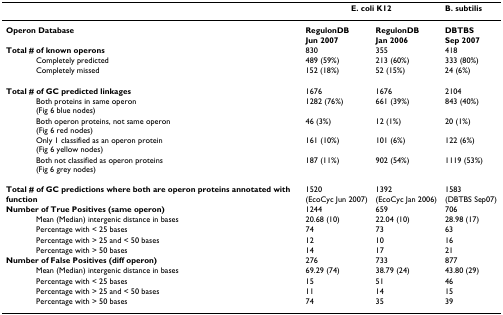
|  | <COLSPAN=2> E. coli K12 | B. subtilis |
 | --- | --- | --- | --- |
 | Operon Database | RegulonDBJun 2007 | RegulonDBJan 2006 | DBTBSSep 2007 |
 | Total # of known operons | 830 | 355 | 418 |
 | Completely predicted | 489 (59%) | 213 (60%) | 333 (80%) |
 | Completely missed | 152 (18%) | 52 (15%) | 24 (6%) |
 | Total # of GC predicted linkages | 1676 | 1676 | 2104 |
 | Both proteins in same operon(Fig 6 blue nodes) | 1282 (76%) | 661 (39%) | 843 (40%) |
 | Both operon proteins, not same operon(Fig 6 red nodes) | 46 (3%) | 12 (1%) | 20 (1%) |
 | Only 1 classified as an operon protein(Fig 6 yellow nodes) | 161 (10%) | 101 (6%) | 122 (6%) |
 | Both not classified as operon proteins(Fig 6 grey nodes) | 187 (11%) | 902 (54%) | 1119 (53%) |
 | Total # of GC predictions where both are operon proteins annotated with function | 1520(EcoCyc Jun 2007) | 1392(EcoCyc Jan 2006) | 1583(DBTBS Sep07) |
 | Number of True Positives (same operon) | 1244 | 659 | 706 |
 | Mean (Median) intergenic distance in bases | 20.68 (10) | 22.04 (10) | 28.98 (17) |
 | Percentage with < 25 bases | 74 | 73 | 63 |
 | Percentage with > 25 and < 50 bases | 12 | 10 | 16 |
 | Percentage with > 50 bases | 14 | 17 | 21 |
 | Number of False Positives (diff operon) | 276 | 733 | 877 |
 | Mean (Median) intergenic distance in bases | 69.29 (74) | 38.79 (24) | 43.80 (29) |
 | Percentage with < 25 bases | 15 | 51 | 46 |
 | Percentage with > 25 and < 50 bases | 11 | 14 | 15 |
 | Percentage with > 50 bases | 74 | 35 | 39 |